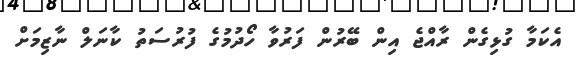
އެކަމާ ގުޅިގެން ރާއްޖެ އިން ބޭރުން ފަރުވާ ހޯދުމުގެ ފުރުސަތު ކާނަލް ނާޒިމަށް